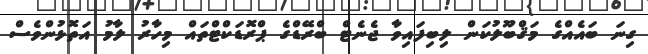
ގިނަ ބައެއްގެ މަޤްބޫލުކަން ލިބިފައިވާ ޖެނެޓް ބްރޭޑްގެ ޕްރޮޑަކްޓްތައް މިހާރު ލާމު އަތޮޅުންވެސް